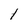
Character: 1